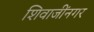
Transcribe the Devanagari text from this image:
शिवाजींनगर